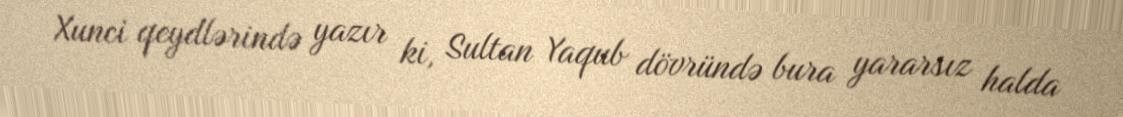
Xunci qeydlərində yazır ki, Sultan Yaqub dövründə bura yararsız halda